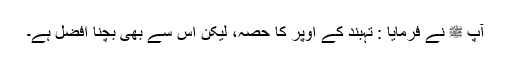
آپ ﷺ نے فرمایا : تہبند کے اوپر کا حصہ، لیکن اس سے بھی بچنا افضل ہے۔